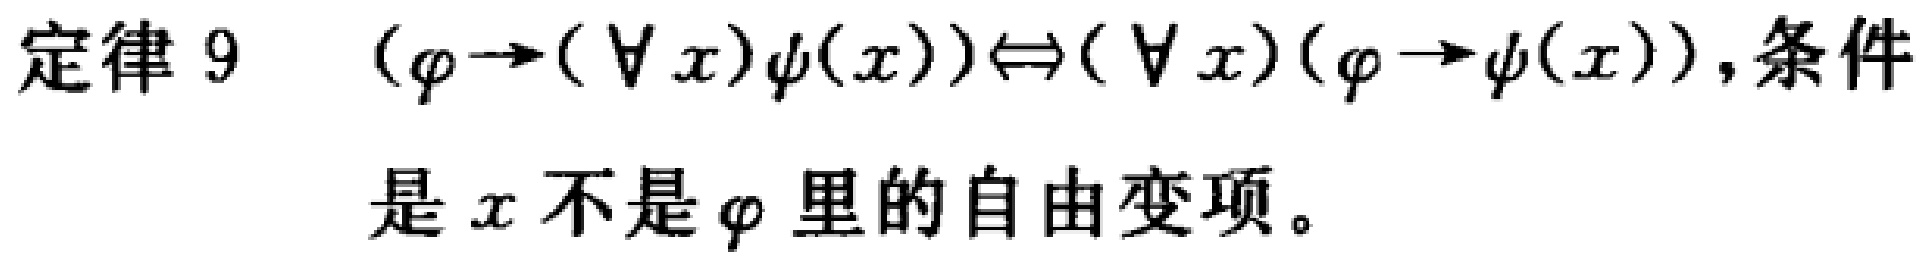
定律 9 $(\varphi\rightarrow(\forall x)\psi(x))\Leftrightarrow(\forall x)(\varphi\rightarrow\psi(x))$, 条件是 $x$ 不是 $\varphi$ 里的自由变项。